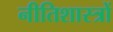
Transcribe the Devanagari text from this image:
नीतिशास्त्रों